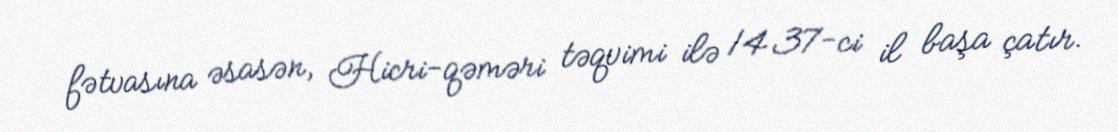
fətvasına əsasən, Hicri-qəməri təqvimi ilə 1437-ci il başa çatır.